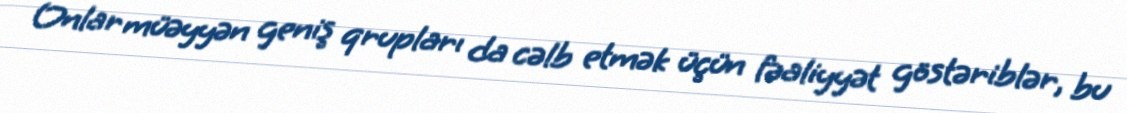
Onlar müəyyən geniş qrupları da cəlb etmək üçün fəaliyyət göstəriblər, bu